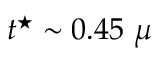
t ^ { \star } \sim 0 . 4 5 ~ \mu